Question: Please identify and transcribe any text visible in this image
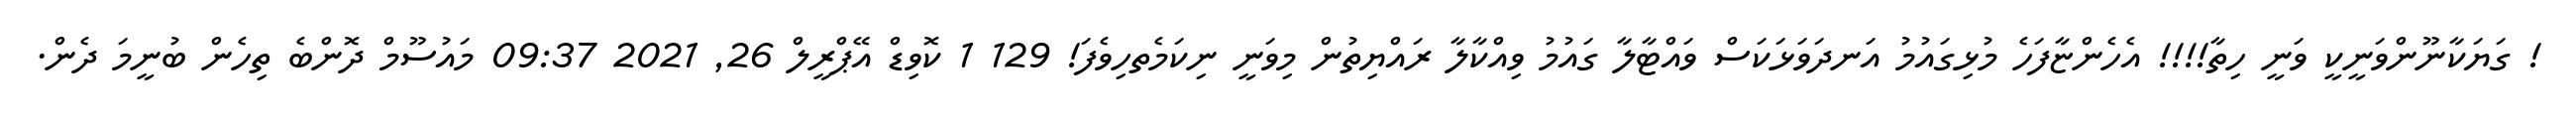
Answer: ! ގަޔަކާނޫންވަނީކީ ވަނީ ހިތާ!!!! އެހެންޏާފަހެ މުޅިގައުމު އަނދަވަޅަކަސް ވައްޓާލާ ގައުމު ވިއްކާލާ ރައްޔިތުން މިވަނީ ނިކަމެތހިވެފަ! 129 1 ކޮވިޑް އޭޕްރީލް 26, 2021 09:37 މައުސޫމް ދޮންބެ ތިހެން ބުނީމަ ދެން.